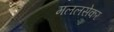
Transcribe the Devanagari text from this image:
मललसेकर